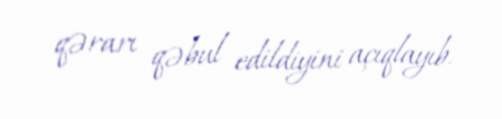
qərarı qəbul edildiyini açıqlayıb.